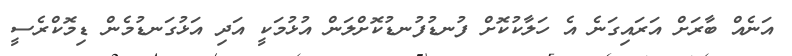
އަނެއް ބާރަށް އަރައިގަނެ އެ ހަލާކުކޮށް ފުނޑުފުނޑުކޮށްލަން އުޅުމަކީ އަދި އަޅުގަނޑުމެން ޑިމޮކްރެސީ